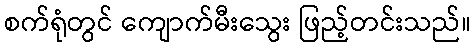
စက်ရုံတွင် ကျောက်မီးသွေး ဖြည့်တင်းသည်။